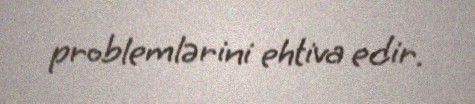
problemlərini ehtiva edir.